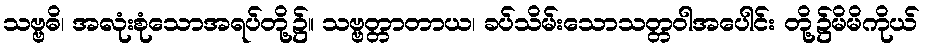
သဗ္ဗဓိ၊ အလုံးစုံသောအရပ်တို့၌။ သဗ္ဗတ္တာတာယ၊ ခပ်သိမ်းသောသတ္တဝါအပေါင်း တို့၌မိမိကိုယ်